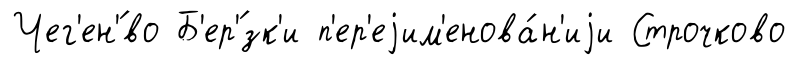
Чег'ен'́во Б'ер'́зк'и п'ер'еjим'енова́н'иjи Строчково